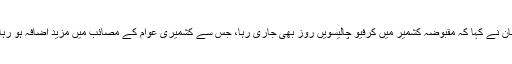
ترجمان نے کہا کہ مقبوضہ کشمیر میں کرفیو چالیسویں روز بھی جاری رہا، جس سے کشمیری عوام کے مصائب میں مزید اضافہ ہو رہا ہے۔